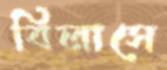
বিলাসে